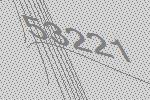
53221